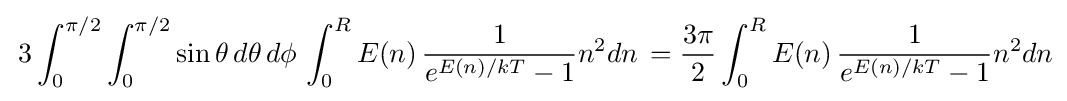
\,3\int _{0}^{\pi /2}\int _{0}^{\pi /2}\sin \theta \,d\theta \,d\phi \,\int _{0}^{R}E(n)\,{\frac {1}{e^{E(n)/kT}-1}}n^{2}dn\,={\frac {3\pi }{2}}\int _{0}^{R}E(n)\,{\frac {1}{e^{E(n)/kT}-1}}n^{2}dn